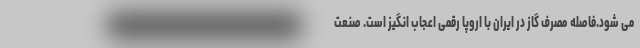
می شود.فاصله مصرف گاز در ایران با اروپا رقمی اعجاب انگیز است. صنعت